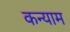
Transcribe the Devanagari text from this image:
कन्याम